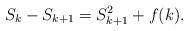
LaTeX: \begin{align*}S_k - S_{k + 1} = S_{k + 1}^2 + f(k).\end{align*}